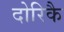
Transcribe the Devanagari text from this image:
दोरिकै